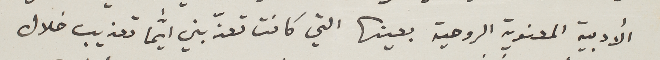
الأدبية المعنوية الروحية بعينها التي كانت تعذبني ايمَّا تعذيب خلال